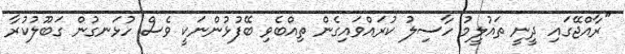
"ރާއްޖޭގައި ދީނީ ތައުލީމު ހާސިލު ކުރައްވައިގެން ތިއްބެވި ބޭފުޅުންނަކީ ވެސް ހުޅަނގުން ގަބޫލުކުރާ